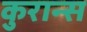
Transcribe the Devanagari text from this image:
कुरान्स